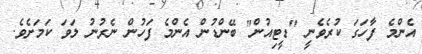
އެންމެ ފާހަގަ ކުރެވެނީ "ޑީޓިއުން" ބޭންޑުން އެންމެ ފަހުން ނެރުނު ލަވަ ކަމަށެވެ.